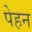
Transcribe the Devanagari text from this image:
पेहन